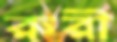
রুরী